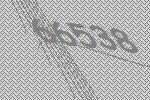
66538